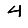
Digit: 4